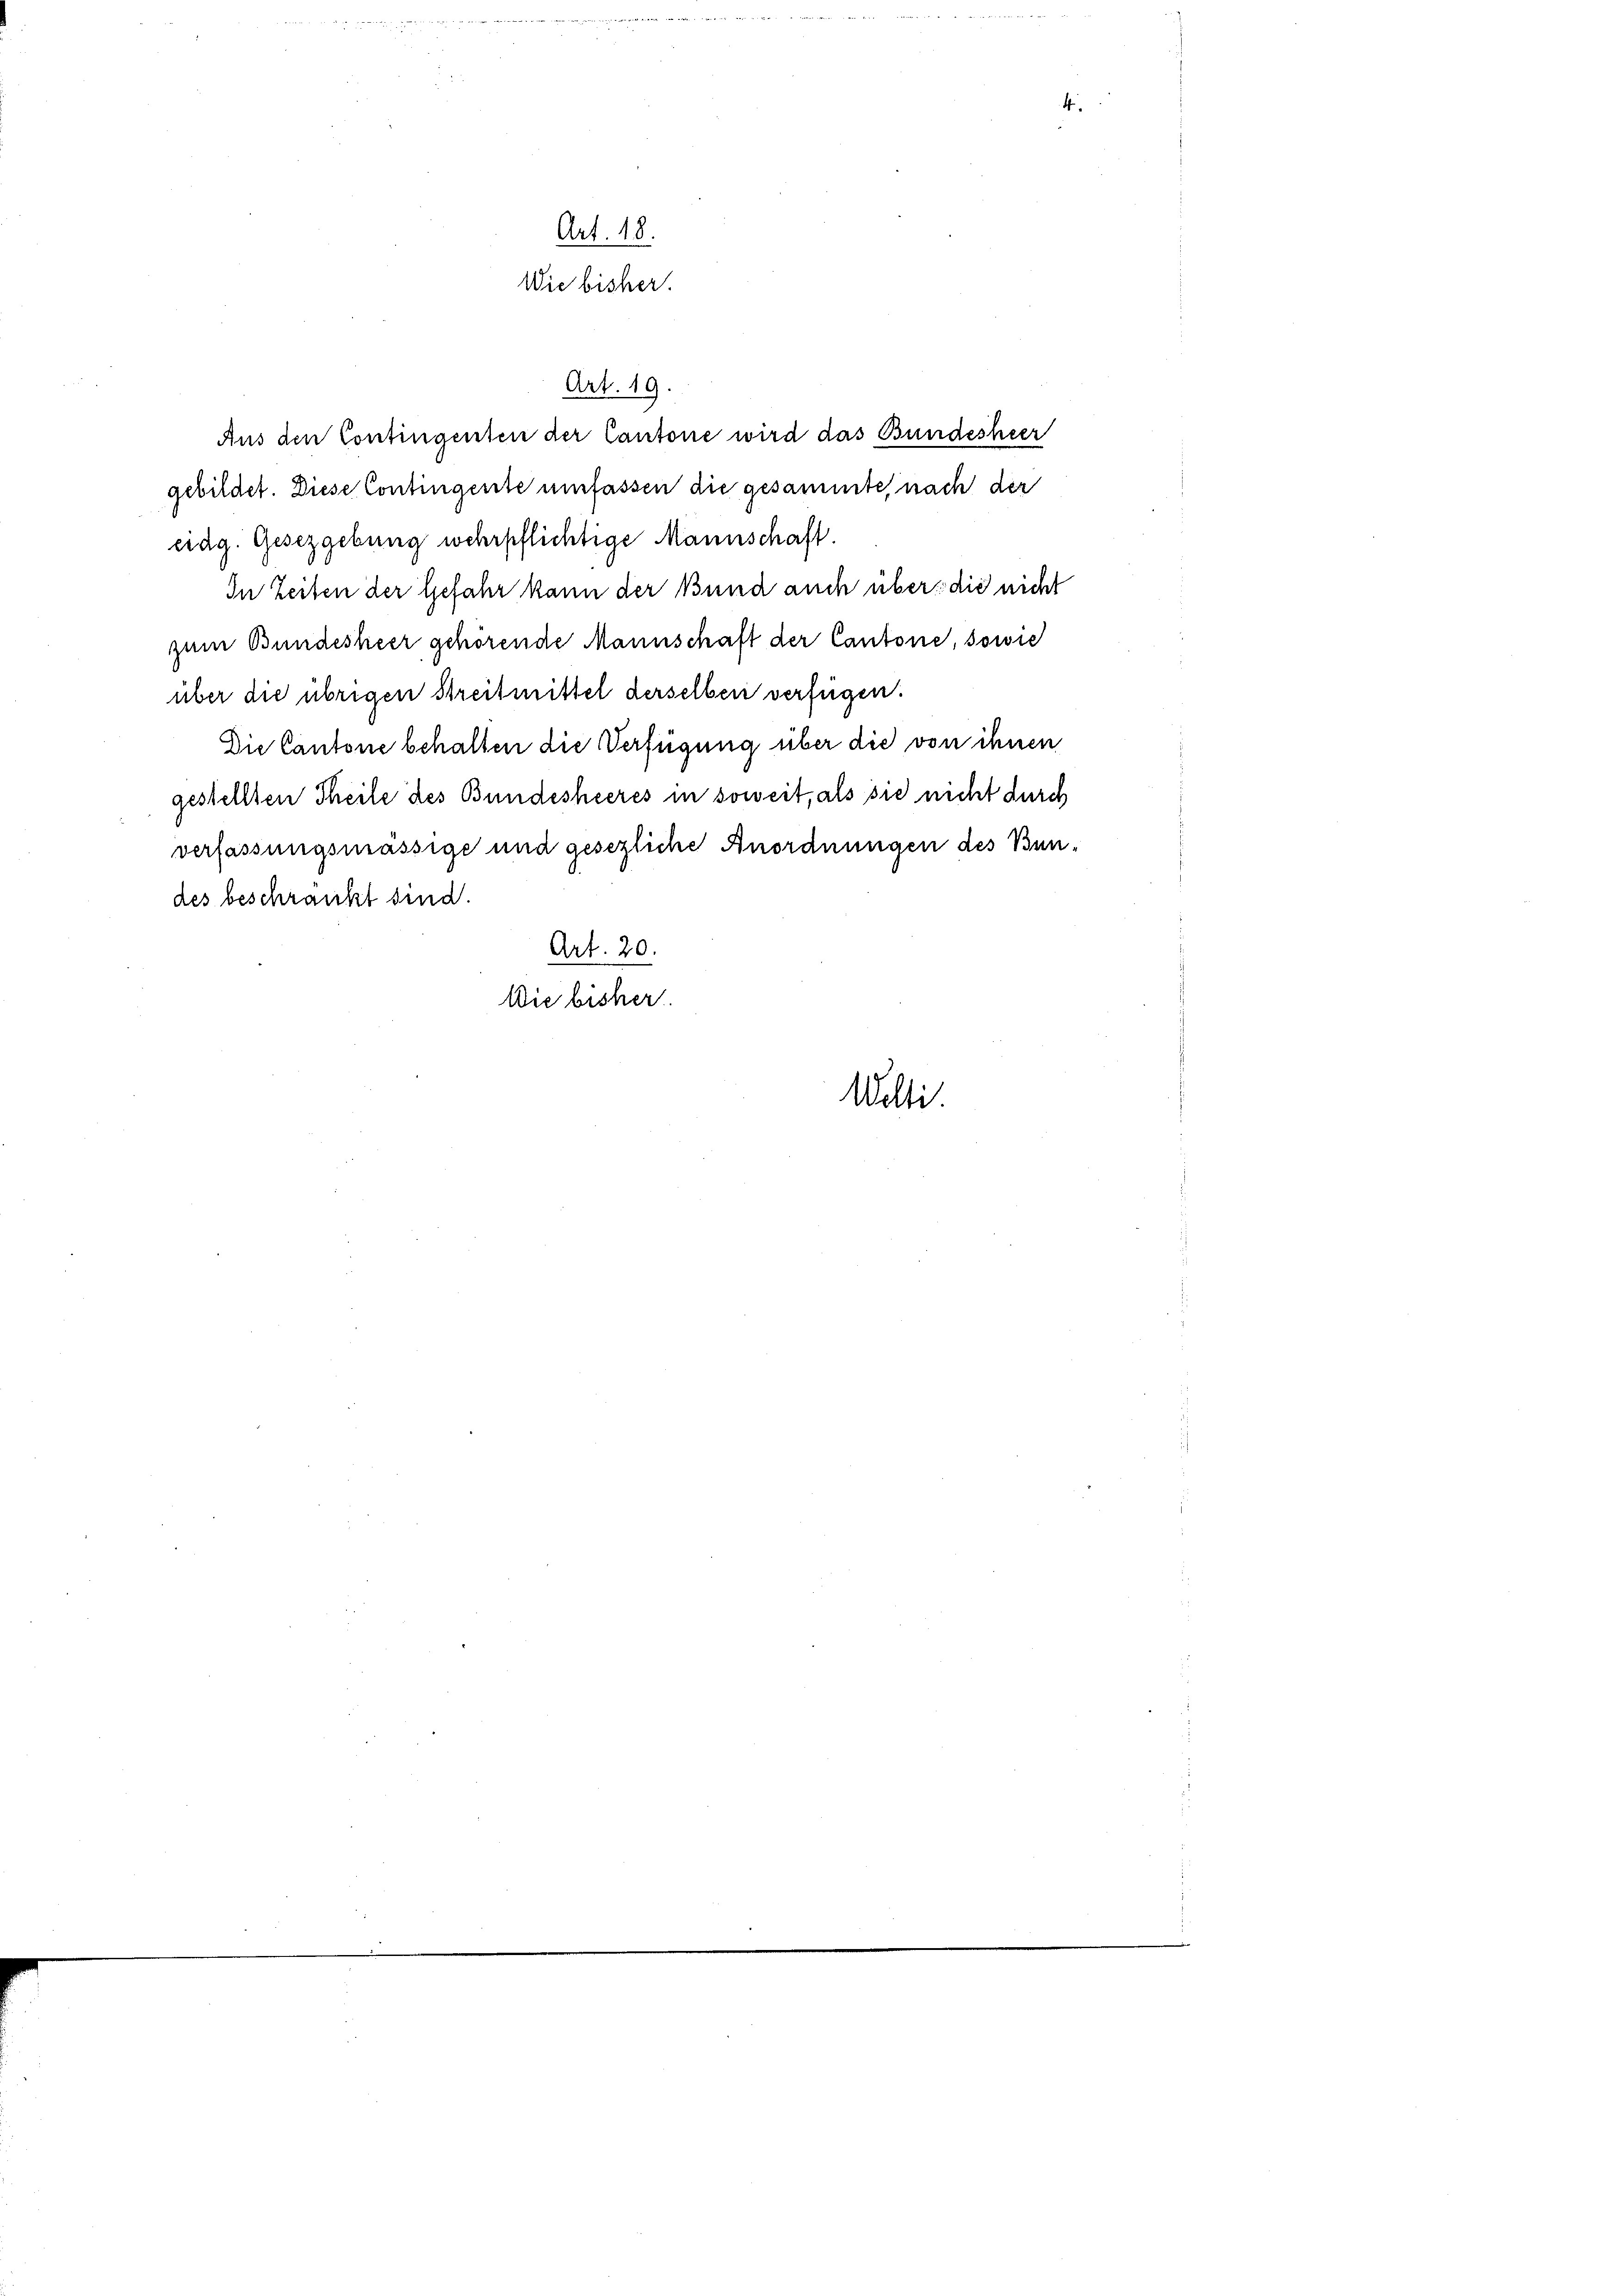
Art. 48.
Wie bisher.

Art. 19.
Aus den Contingenten der Cantone wird das Bundesheer
gebildet. Diese Contingente umfassen die gesammte, nach der

eidg. Gesetzgebung wehrpflichtige Mannschaft.
In Zeiten der Gefahr kann der Bund auch über die nicht
zum Bundesheer gehörende Mannschaft der Cantone, sowie
über die übrigen Streitmittel derselben verfügen.
Die Cantone behalten die Verfügung über die von ihnen
gestellten Theile des Bundesheeres in soweit, als sie nicht durch
verfassungsmässige und gesezliche Anordnungen des Bun-
des beschränkt sind.
Art. 20.
Wie bisher.
Welti

4